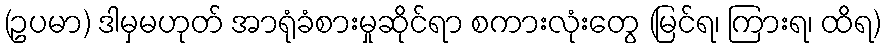
(ဥပမာ) ဒါမှမဟုတ် အာရုံခံစားမှုဆိုင်ရာ စကားလုံးတွေ (မြင်ရ၊ ကြားရ၊ ထိရ)